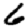
Digit: 6